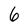
Character: 6